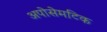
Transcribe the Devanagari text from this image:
अपोसेमटिक